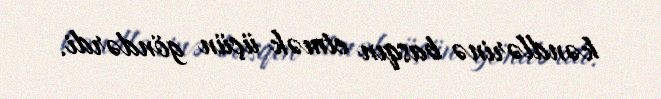
kəndlərinə basqın etmək üçün göndərdi.